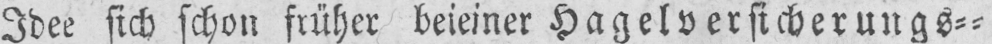
Idee sich schon früher bei einer Hagelversicherungs⸗